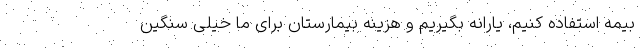
بیمه استفاده کنیم، یارانه بگیریم و هزینه بیمارستان برای ما خیلی سنگین